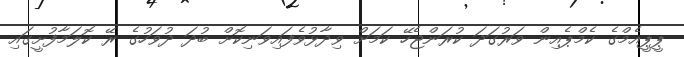
ޕީޕީއެމްގެ ކެމްޕެއިން ވަރުގަދަ ކުރަންޖެހޭ ކަމަށް ވިދާޅުވެފައިވަނިކޮށް ބުދަ ދުވަހުގެ ރޭ ކޮލަމާފުށީގައި